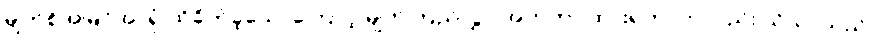
မျက်စိအမြင်အာရုံ ထိခိုက်ခဲ့သောကြောင့် မျက်ကြည်လွှာ အတုတပ်ထားရတာကလည်း သိသာသည်။